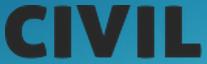
CIVIL